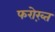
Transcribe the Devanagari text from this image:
फरोख़्त